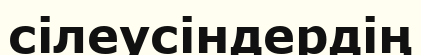
сілеусіндердің